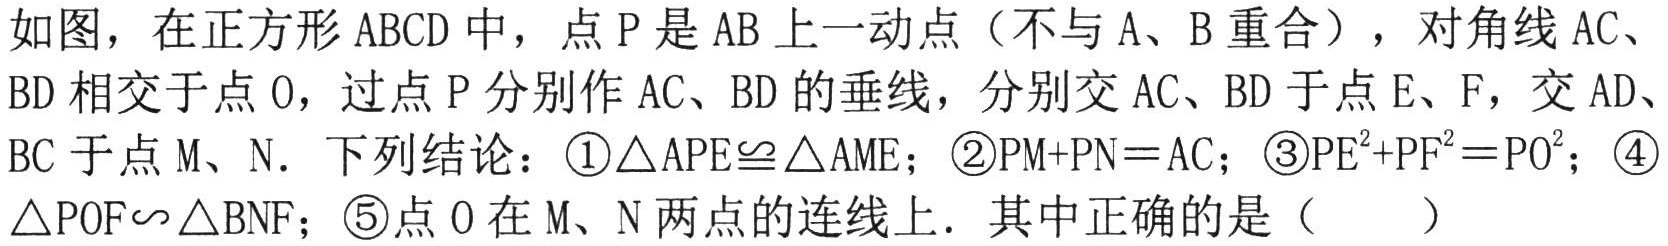
如图，在正方形 \(ABCD\) 中，点 \(P\) 是 \(AB\) 上一动点（不与 \(A\)、\(B\) 重合），对角线 \(AC\)、\(BD\) 相交于点 \(O\)，过点 \(P\) 分别作 \(AC\)、\(BD\) 的垂线，分别交 \(AC\)、\(BD\) 于点 \(E\)、\(F\)，交 \(AD\)、\(BC\) 于点 \(M\)、\(N\)．下列结论：\textcircled{1}\(\triangle APE\cong \triangle AME\)；\textcircled{2}\(PM + PN=AC\)；\textcircled{3}\(PE^{2}+PF^{2}=PO^{2}\)；\textcircled{4}\(\triangle POF\backsim \triangle BNF\)；\textcircled{5}点 \(O\) 在 \(M\)、\(N\) 两点的连线上．其中正确的是（  ）